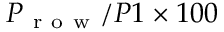
P _ { \mathrm { ~ r ~ o ~ w ~ } } / P 1 \times 1 0 0